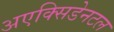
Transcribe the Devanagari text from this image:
अएक्सिडेनटल